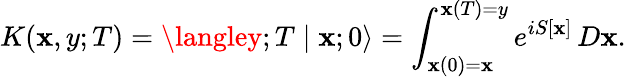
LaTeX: K(\mathbf{x},y;T)=\langley;T\mid\mathbf{x};0\rangle=\int_{\mathbf{x}(0)=\mathbf{x}}^{\mathbf{x}(T)=y}e^{iS[\mathbf{x}]}\, D\mathbf{x}.